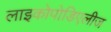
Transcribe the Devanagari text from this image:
लाइकोपोडिएलीज